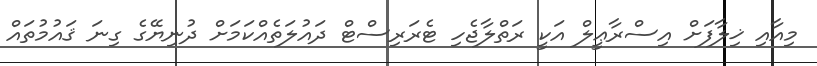
މިއާއި ޚިލާފަށް އިސްރާޢީލް އަކީ ރަތްލާޖެހި ޓެރަރިސްޓް ދައުލަތެއްކަމަށް ދުނިޔޭގެ ގިނަ ޤައުމުތައް